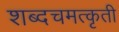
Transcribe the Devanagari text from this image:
शब्दचमत्कृती